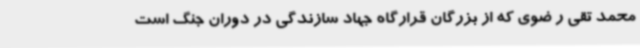
محمد تقی ر ضوی که از بزرگان قرارگاه جهاد سازندگی در دوران جنگ است